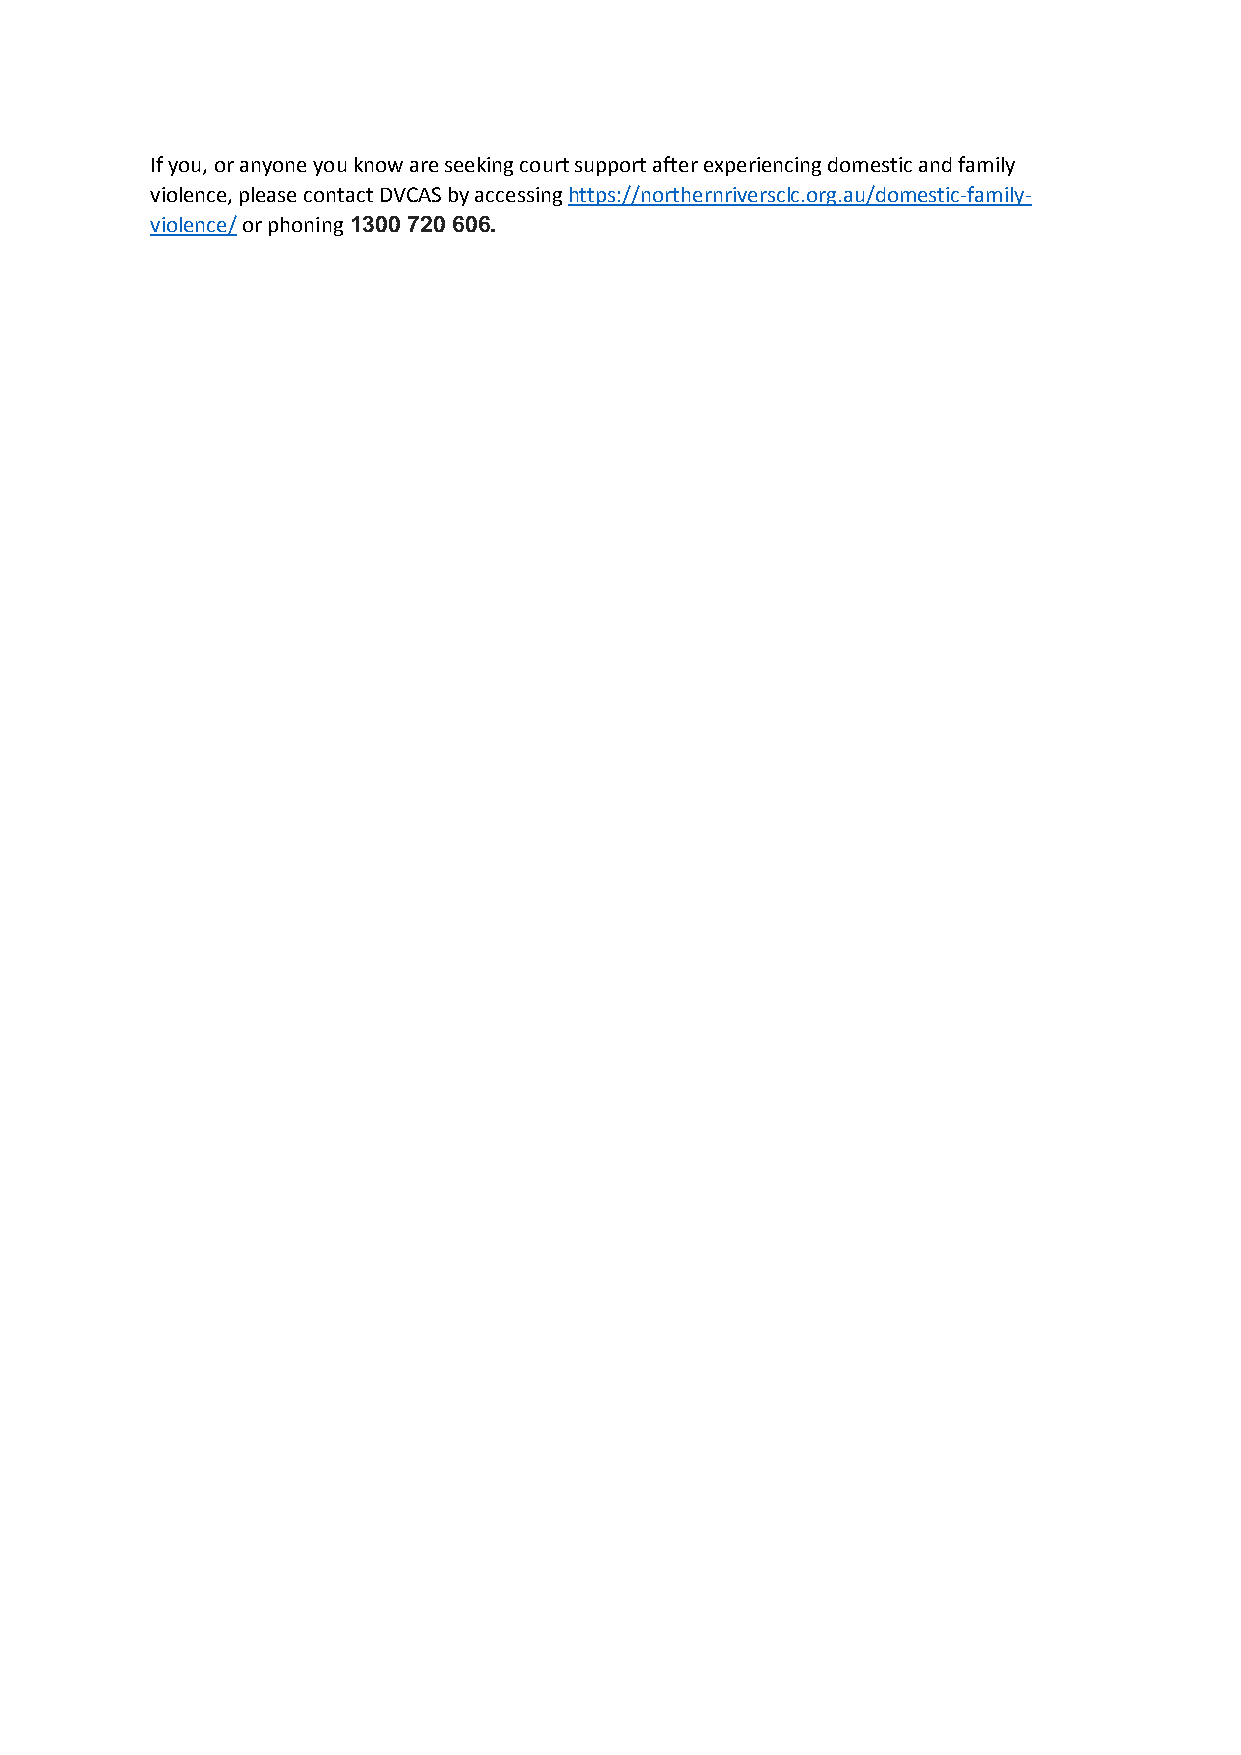
If you, or anyone you know are seeking court support after experiencing domestic and family
 violence, please contact DVCAS by accessing https://northernriversclc.org.au/domestic-family-
 violence/ or phoning 1300 720 606.